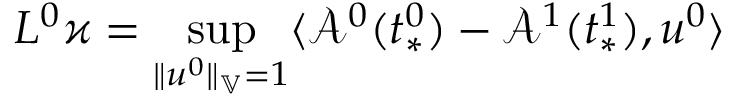
L ^ { 0 } \varkappa = \operatorname* { s u p } _ { \| u ^ { 0 } \| _ { \mathbb { V } } = 1 } \langle \mathcal { A } ^ { 0 } ( t _ { * } ^ { 0 } ) - \mathcal { A } ^ { 1 } ( t _ { * } ^ { 1 } ) , u ^ { 0 } \rangle